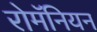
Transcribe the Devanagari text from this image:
रोमॅनियन